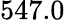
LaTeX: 547.0